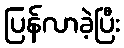
ပြန်လာခဲ့ပြီး